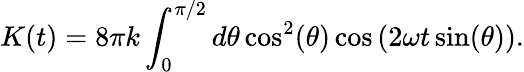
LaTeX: K(t)=8\pi k\int_{0}^{\pi/2}d\theta\cos^{2}(\theta)\cos\left(2\omega t\sin(\theta)\right).